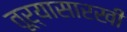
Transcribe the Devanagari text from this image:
तूऱ्यासारखी